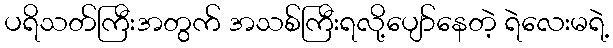
ပရိသတ်ကြီးအတွက် အသစ်ကြီးရလို့ပျော်နေတဲ့ ရဲလေးမရဲ့